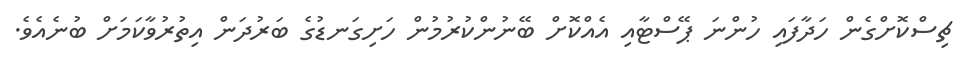
ޗިސްކޮށްގެން ހަދާފައި ހުންނަ ޕޭސްޓާއި އެއްކޮށް ބޭނުންކުރުމުން ހަށިގަނޑުގެ ބަރުދަން އިތުރުވާކަމަށް ބުނެއެވެ.